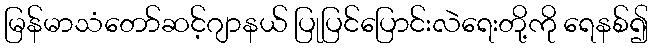
မြန်မာသံတော်ဆင့်ဂျာနယ် ပြုပြင်ပြောင်းလဲရေးတို့ကို ရေနစ်၍